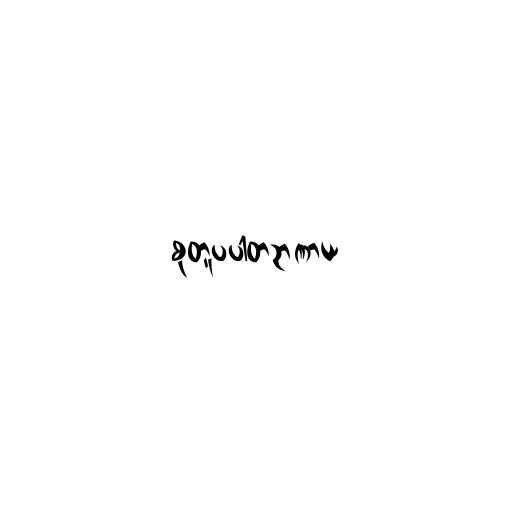
စုတူပပါတဉာဏာယ